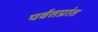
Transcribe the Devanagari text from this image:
पर्वतप्रांत